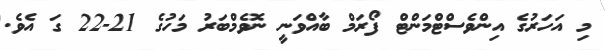
މި އަހަރުގެ އިންވެސްޓްމަންޓް ފޯރަމް ބާއްވަނީ ނޮވެމްބަރު މަހުގެ 21-22 ގަ އެވެ.